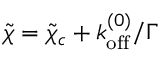
\tilde { \chi } = \tilde { \chi } _ { c } + k _ { \mathrm { o f f } } ^ { ( 0 ) } / \Gamma